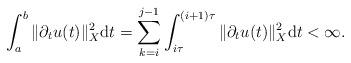
LaTeX: \begin{align*} \int_{a}^{b} \|\partial_{t} u(t)\|_{X}^{2} \mathrm{d}t = \sum_{k = i}^{j-1} \int_{i\tau}^{(i+1) \tau} \|\partial_{t} u(t)\|_{X}^{2} \mathrm{d}t < \infty. \end{align*}